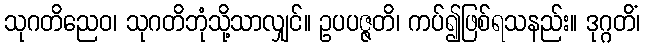
သုဂတိညေဝ၊ သုဂတိဘုံသို့သာလျှင်။ ဥပပဇ္ဇတိ၊ ကပ်၍ဖြစ်ရသနည်း။ ဒုဂ္ဂတိံ၊